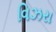
વિઝરા